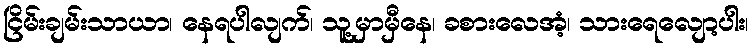
ငြိမ်းချမ်းသာယာ၊ နေရပါလျက်၊ သူ့မှာမှီနေ၊ ခစားလေအံ့၊ သားရေလျော့ပါး၊